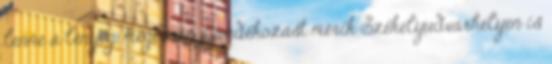
lenne a lényeg, mégis az ajándékozást mérik Székelyudvarhelyen is